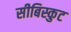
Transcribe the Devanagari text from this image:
सीबिस्कुट